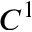
C ^ { 1 }